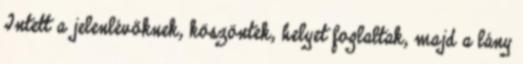
Intett a jelenlévőknek, köszöntek, helyet foglaltak, majd a lány